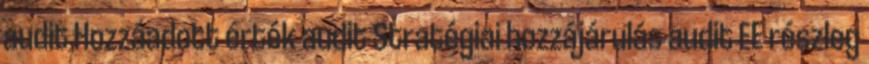
audit Hozzáadott érték audit Stratégiai hozzájárulás audit EE részleg